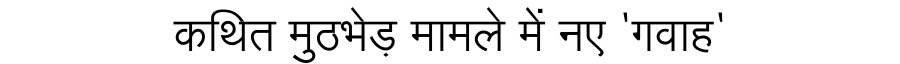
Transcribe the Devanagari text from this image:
कथित मुठभेड़ मामले में नए 'गवाह'